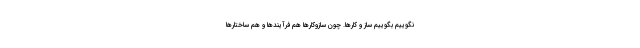
نگوییم بگوییم ساز و کارها. چون سازوکارها هم فرآیندها و هم ساختارها